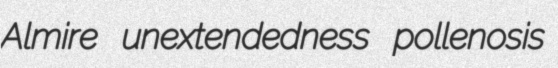
Almire unextendedness pollenosis